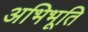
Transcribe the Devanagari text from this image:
अभिभूति